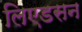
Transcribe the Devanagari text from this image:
लिएडसन